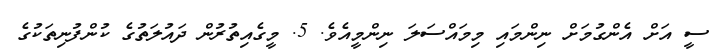
ސީ އަށް އެންގުމަށް ނިންމައި މިމައްސަލަ ނިންމީއެވެ. 5. މީގެއިތުރުން ދައުލަތުގެ ކުންފުނިތަކުގެ